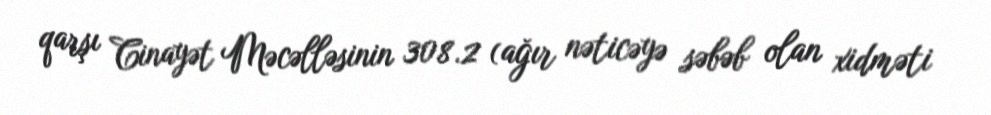
qarşı Cinayət Məcəlləsinin 308.2 (ağır nəticəyə səbəb olan xidməti